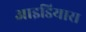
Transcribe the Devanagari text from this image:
आइडियास